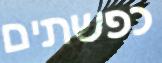
כפשתים